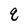
Character: q